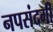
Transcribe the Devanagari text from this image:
नपसंदगी